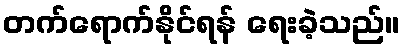
တက်ရောက်နိုင်ရန် ရေးခဲ့သည်။